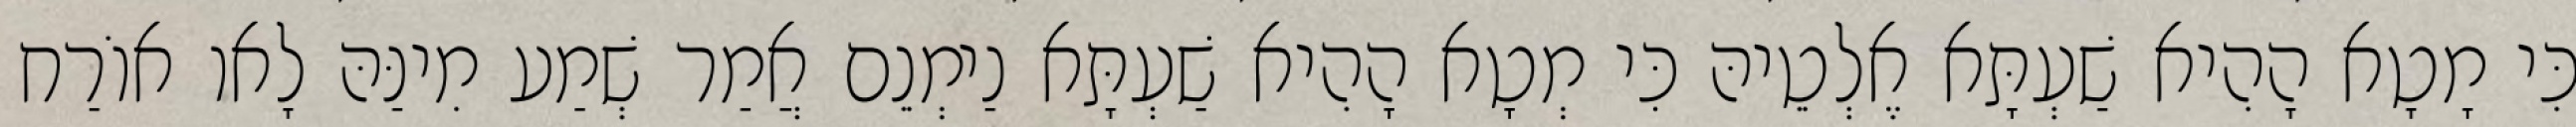
כִּי מָטָא הָהִיא שַׁעְתָּא אֶלְטֵיהּ כִּי מְטָא הָהִיא שַׁעְתָּא נַימְנֵם אֲמַר שְׁמַע מִינַּהּ לָאו אוֹרַח